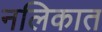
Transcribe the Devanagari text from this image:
नलिकात